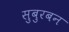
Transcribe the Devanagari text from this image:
सुबुरबन